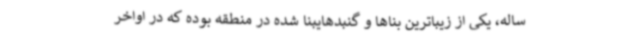
ساله، یکی از زیباترین بناها و گنبدهایبنا شده در منطقه بوده که در اواخر